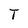
Character: T